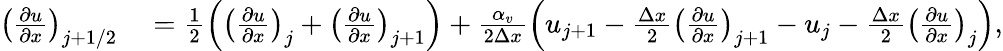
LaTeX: \begin{array}{rl}{\left(\frac{\partial u}{\partial x}\right)_{j+1/2}}&{{}=\frac{1}{2}\left(\left(\frac{\partial u}{\partial x}\right)_{j}+\left(\frac{\partial u}{\partial x}\right)_{j+1}\right)+\frac{\alpha_{v}}{2\Delta x}\left(u_{j+1}-\frac{\Delta x}{2}\left(\frac{\partial u}{\partial x}\right)_{j+1}-u_{j}-\frac{\Delta x}{2}\left(\frac{\partial u}{\partial x}\right)_{j}\right),}\end{array}